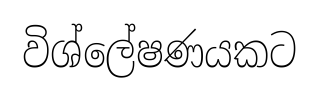
විශ්ලේෂණයකට